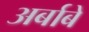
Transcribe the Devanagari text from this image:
अर्बाबे